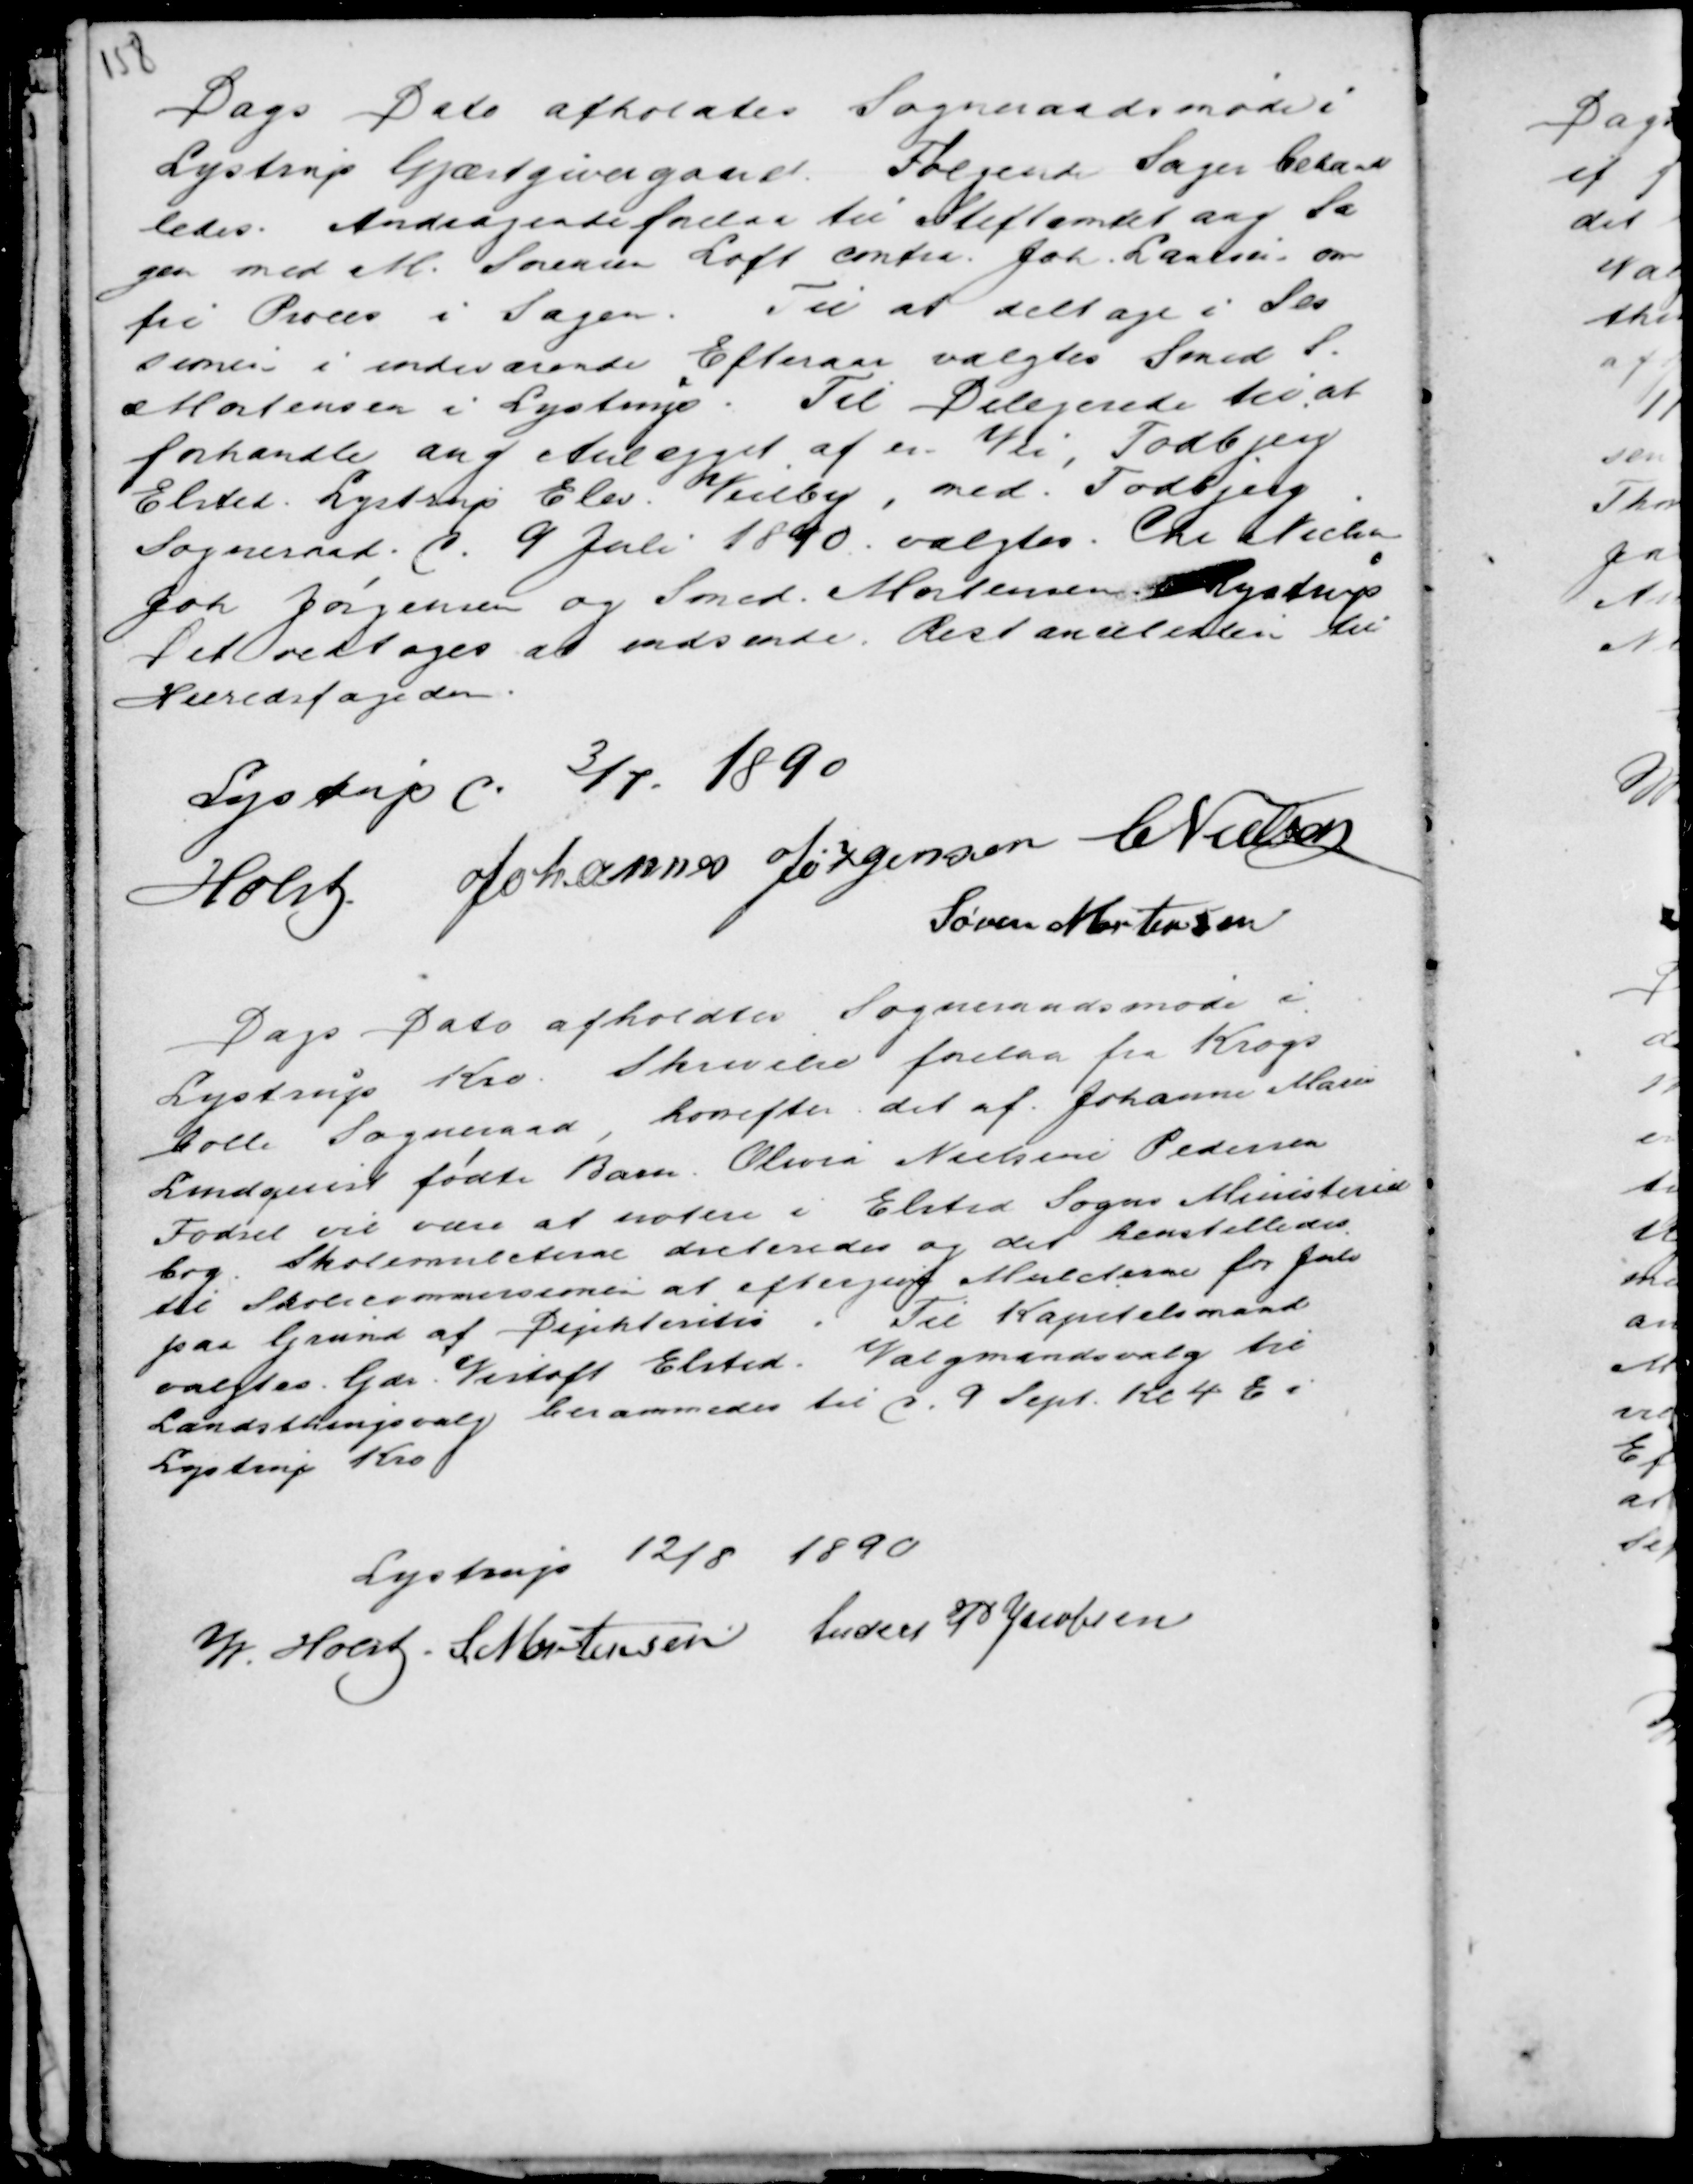
Transskription:
Dags Dato afholdtes Sogneraadsmøde i
Lystrup Gjæstgivergaard. Følgende Sager behand
ledes. Andragende forelaa til Stiftamtet ang Sa
gen med M. Sørensen Loft contra Joh. Laursen om
fri Proces i Sagen. Til at deltage i Ses
sionen i indeværende Efteraar valgtes Smed S.
Mortensen i Lystrup. Til Delegerede til at
forhandle ang Anlægget af en Vei, Todbjerg
Elsted. Lystrup Elev. Veilby, med Todbjerg
Sogneraad d. 9 Juli 1890 valgtes. Chr Nielsen
Joh. Jørgensen og Smed Mortensen Lystrup
Det vedtoges at indsende Restmulcten til
Herredsfogden.

Lystrup d. 3/7. 1890
Holst Johannes Jørgensen C Nielsen
Søren Mortensen

Dags Dato afholdtes Sogneraadsmøde i
Lystrup Kro. Skrivelse forelaa fra Krogs
bolle Sogneraad, hvorefter det af Johanne Maren
Lundquist fødte Barn Olivia Nielsine Pedersen
Fødsel vil være at notere i Elsted Sogns Ministeriel
bog. Skolemulcterne dicteredes og det henstilledes
til Skolecommissionen at eftergive Mulcterne for Juli
paa Grund af Diphterites . Til Kapitelsmand
valgtes Gdr. Vistoft Elsted. Valgmandsvalg til
Landsthingsvalg berammedes til d. 9 Sept. Kl 4 E i
Lystrup Kro

Lystrup 12/8 1890
M Holst . S Mortensen Anders P Jacobsen